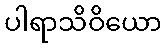
ပါရာသိဝိယော